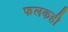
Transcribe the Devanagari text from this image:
फलकही